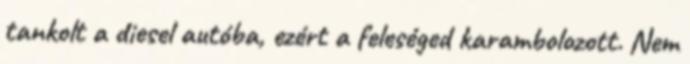
tankolt a diesel autóba, ezért a feleséged karambolozott. Nem